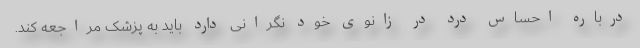
درباره احساس درد در زانوی خود نگرانی دارد باید به پزشک مراجعه کند.